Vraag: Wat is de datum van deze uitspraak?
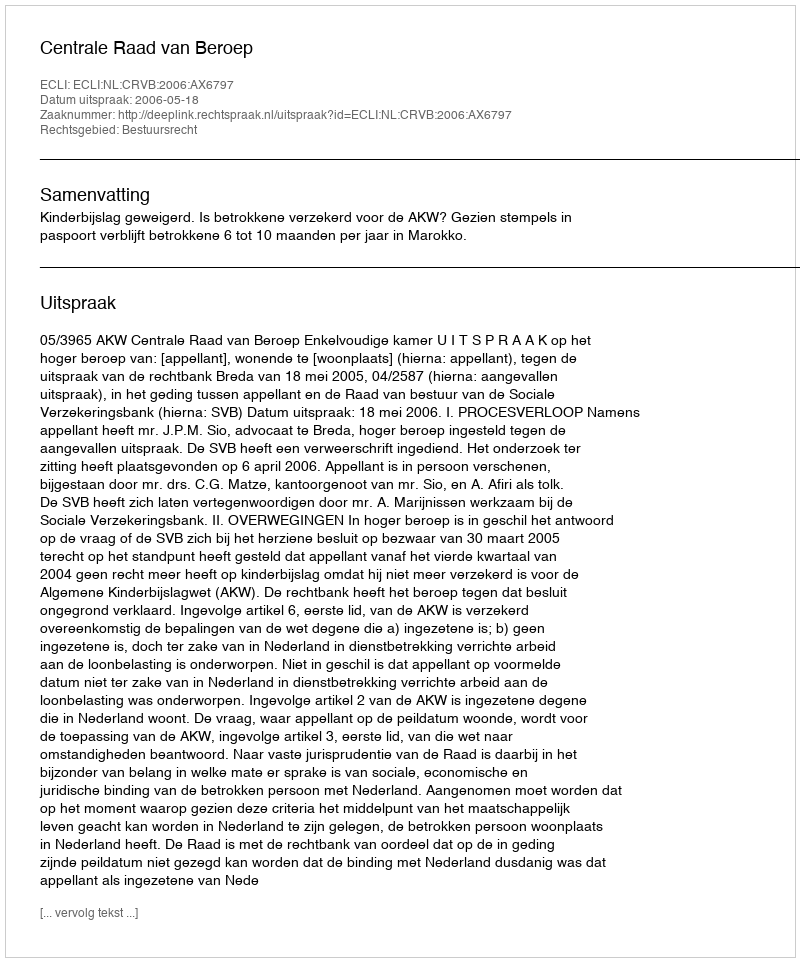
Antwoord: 2006-05-18